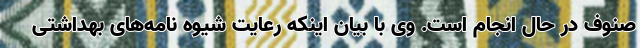
صنوف در حال انجام است. وی با بیان اینکه رعایت شیوه نامه‌های بهداشتی